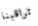
تراقبنا